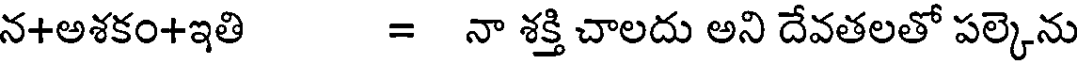
న+అశకం+ఇతి = నా శక్తి చాలదు అని దేవతలతో పల్కెను